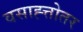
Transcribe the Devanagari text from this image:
वसाह्त्तोतर